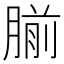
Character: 𫆨